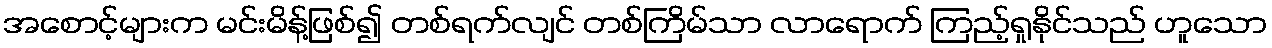
အစောင့်များက မင်းမိန့်ဖြစ်၍ တစ်ရက်လျင် တစ်ကြိမ်သာ လာရောက် ကြည့်ရှုနိုင်သည် ဟူသော